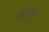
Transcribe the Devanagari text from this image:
स्‍टीमर